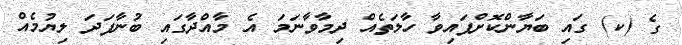
ގެ (ކ) ގައި ބަޔާންކޮށްފައިވާ ހާލަތެއް ދިމާވާނަމަ އެ މާއްދާގައި ބުނާފަދަ ލިޔުމެއް